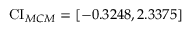
\operatorname { C I } _ { M C M } = [ - 0 . 3 2 4 8 , 2 . 3 3 7 5 ]